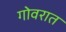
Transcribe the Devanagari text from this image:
गोवरात